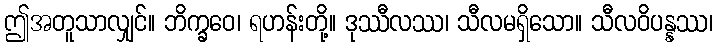
ဤအတူသာလျှင်။ ဘိက္ခဝေ၊ ရဟန်းတို့။ ဒုဿီလဿ၊ သီလမရှိသော။ သီလဝိပန္နဿ၊